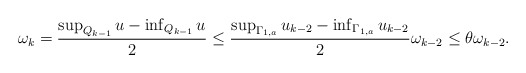
\begin{align*} \begin{aligned} {\omega}_k=\frac{\sup_{Q_{k-1}}u-\inf_{Q_{k-1}}u}{2}\leq \frac{\sup_{\Gamma_{1,a}}u_{k-2}-\inf_{\Gamma_{1,a}}u_{k-2}}{2}\omega_{k-2}\leq \theta\omega_{k-2}. \end{aligned} \end{align*}